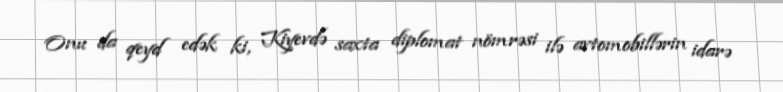
Onu da qeyd edək ki, Kiyevdə saxta diplomat nömrəsi ilə avtomobillərin idarə